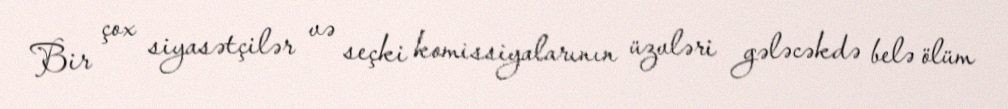
Bir çox siyasətçilər və seçki komissiyalarının üzvləri gələcəkdə belə ölüm